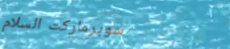
سوبرماركت السلام